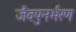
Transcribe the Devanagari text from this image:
जैवपुनर्भरण